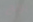
بونج